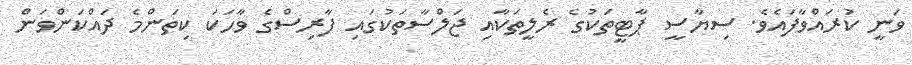
ވަނީ ކުރައްވާފައެވެ. ސިޔާސީ ޕާޓީތަކުގެ ރެލީތަކާއި ޖަލްސާތަކުގައި ފާރިސްގެ ވާހަކަ ކިތަންމެ ދައްކަންވަން